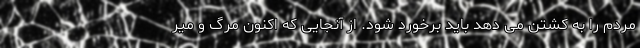
مردم را به کشتن می دهد باید برخورد شود. از آنجایی که اکنون مرگ و میر